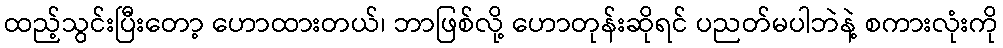
ထည့်သွင်းပြီးတော့ ဟောထားတယ်၊ ဘာဖြစ်လို့ ဟောတုန်းဆိုရင် ပညတ်မပါဘဲနဲ့ စကားလုံးကို